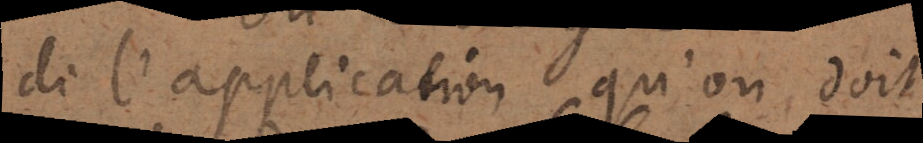
di application qu’on doit